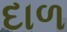
દાળ